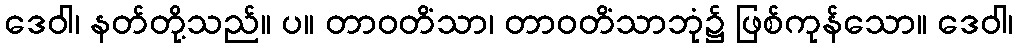
ဒေဝါ၊ နတ်တို့သည်။ ပ။ တာဝတိံသာ၊ တာဝတိံသာဘုံ၌ ဖြစ်ကုန်သော။ ဒေဝါ၊